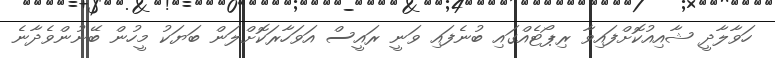
ހަވާލާދީ ޝާއިއުކޮށްފައިވާ ރިޕޯޓެއްގައި ބުނެފައި ވަނީ ރައީސް އަވަހާރަކޮށްލަން ބަޔަކު މީހުން ބޭނުންވެދާނެ